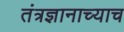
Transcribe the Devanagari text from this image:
तंत्रज्ञानाच्याच